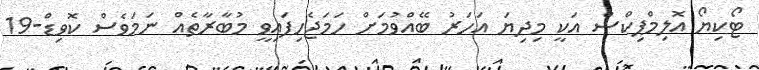
ޓޯކިޔޯ އޮލިމްޕިކްސް އަކީ މިދިޔަ އަހަރު ބޭއްވުމަށް ހަމަޖެހިފައިވީ މުބާރާތެއް ނަމަވެސް ކޮވިޑް-19